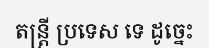
តន្ត្រី ប្រទេស ទេ ដូច្នេះ